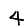
Digit: 4